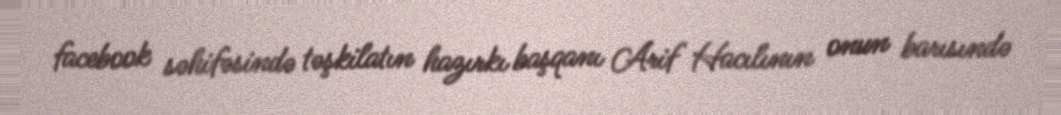
facebook səhifəsində təşkilatın hazırkı başqanı Arif Hacılının onun barısındə